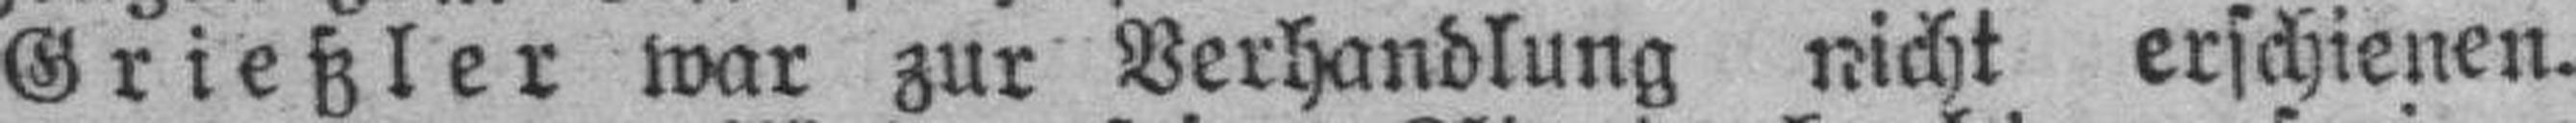
Grießler war zur Verhandlung nicht erschienen.